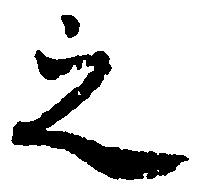
之